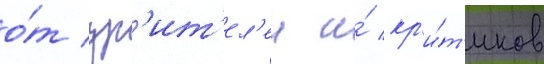
о́т зр'ит'ел'еи и́ кр'и́т'иков